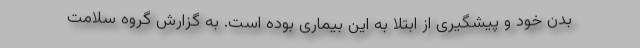
بدن خود و پیشگیری از ابتلا به این بیماری بوده است. به گزارش گروه سلامت